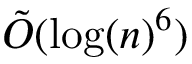
{ \tilde { O } } ( \log ( n ) ^ { 6 } )